画像に写った文字を読んでください
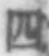
「四」と書いてあります